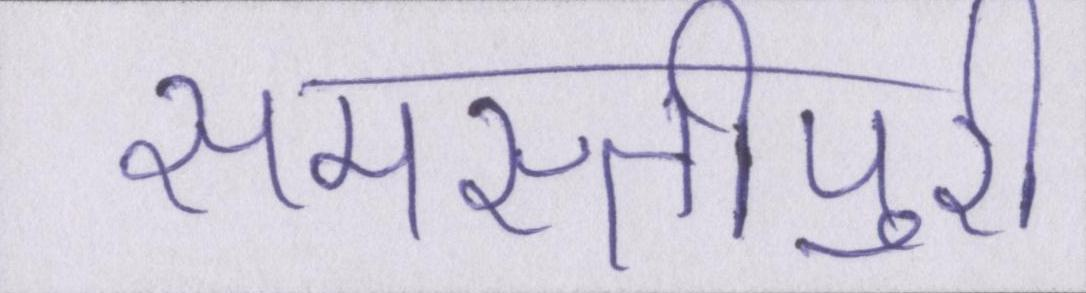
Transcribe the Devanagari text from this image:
समस्तीपुरी